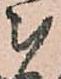
被